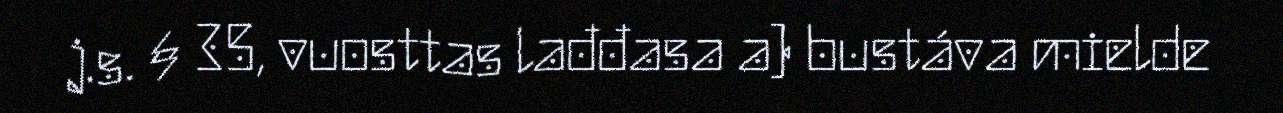
j.s. § 35, vuosttas lađđasa a) bustáva mielde